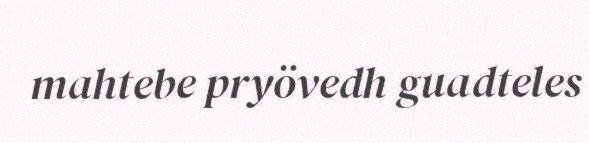
mahtebe pryövedh guadteles